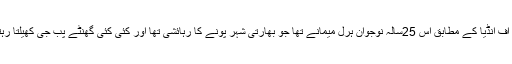
ٹائمز آف انڈیا کے مطابق اس 25سالہ نوجوان ہرل میمانے تھا جو بھارتی شہر پونے کا رہائشی تھا اور کئی کئی گھنٹے پب جی کھیلتا رہتا تھا۔